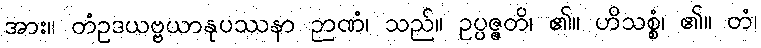
အား။ တံဥဒယဗ္ဗယာနုပဿနာ ဉာဏံ၊ သည်။ ဥပ္ပဇ္ဇတိ၊ ၏။ ဟိသစ္စံ၊ ၏။ တံ၊